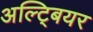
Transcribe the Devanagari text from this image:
अल्ट्बियर